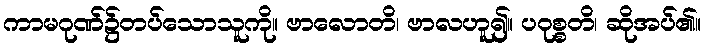
ကာမဂုဏ်၌တပ်သောသူကို။ ဗာလောတိ၊ ဗာလဟူ၍။ ပဝုစ္စတိ၊ ဆိုအပ်၏။